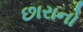
છારાનો